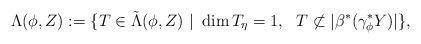
LaTeX: \begin{align*} \Lambda(\phi, Z) := \{ T \in \tilde{\Lambda}(\phi, Z)~|~ \dim T_{\eta} =1,~~ T \not\subset |\beta^*(\gamma_{\phi}^*Y)| \},\end{align*}